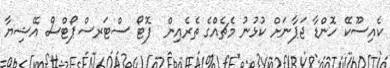
ކެއިސޫކޭ ހޮންޑާ ޖަޕާނަށް ކުޅުނު މެޗެއްގެ ތެރެއިން  ފޮޓޯ ސްޓަރސްޕޯޓްސް އޭޝިޔާ